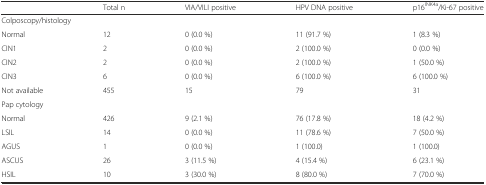
<table><thead><tr><td></td><td><b>Total n</b></td><td><b>VIA/VILI positive</b></td><td><b>HPV DNA positive</b></td><td><b>p16<sup>INK4a</sup>/Ki-67 positive</b></td></tr></thead><tbody><tr><td colspan="2">Colposcopy/histology</td><td></td><td></td><td></td></tr><tr><td>Normal</td><td>12</td><td>0 (0.0 %)</td><td>11 (91.7 %)</td><td>1 (8.3 %)</td></tr><tr><td>CIN1</td><td>2</td><td>0 (0.0 %)</td><td>2 (100.0 %)</td><td>0 (0.0 %)</td></tr><tr><td>CIN2</td><td>2</td><td>0 (0.0 %)</td><td>2 (100.0 %)</td><td>1 (50.0 %)</td></tr><tr><td>CIN3</td><td>6</td><td>0 (0.0 %)</td><td>6 (100.0 %)</td><td>6 (100.0 %)</td></tr><tr><td>Not available</td><td>455</td><td>15</td><td>79</td><td>31</td></tr><tr><td colspan="2">Pap cytology</td><td></td><td></td><td></td></tr><tr><td>Normal</td><td>426</td><td>9 (2.1 %)</td><td>76 (17.8 %)</td><td>18 (4.2 %)</td></tr><tr><td>LSIL</td><td>14</td><td>0 (0.0 %)</td><td>11 (78.6 %)</td><td>7 (50.0 %)</td></tr><tr><td>AGUS</td><td>1</td><td>0 (0.0 %)</td><td>1 (100.0)</td><td>1 (100.0)</td></tr><tr><td>ASCUS</td><td>26</td><td>3 (11.5 %)</td><td>4 (15.4 %)</td><td>6 (23.1 %)</td></tr><tr><td>HSIL</td><td>10</td><td>3 (30.0 %)</td><td>8 (80.0 %)</td><td>7 (70.0 %)</td></tr></tbody></table>